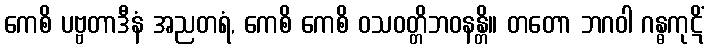
ကေစိ ပဗ္ဗတာဒီနံ အညတရံ, ကေစိ ကေစိ ဝသဝတ္တိဘဝနန္တိ။ တတော ဘဂဝါ ဂန္ဓကုဋိံ